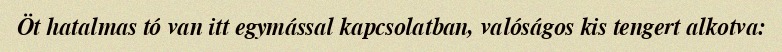
Öt hatalmas tó van itt egymással kapcsolatban, valóságos kis tengert alkotva: